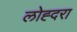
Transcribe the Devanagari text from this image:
लोह्दरा